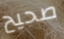
صحيح